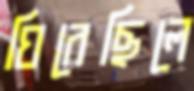
ঘিরেছিলে